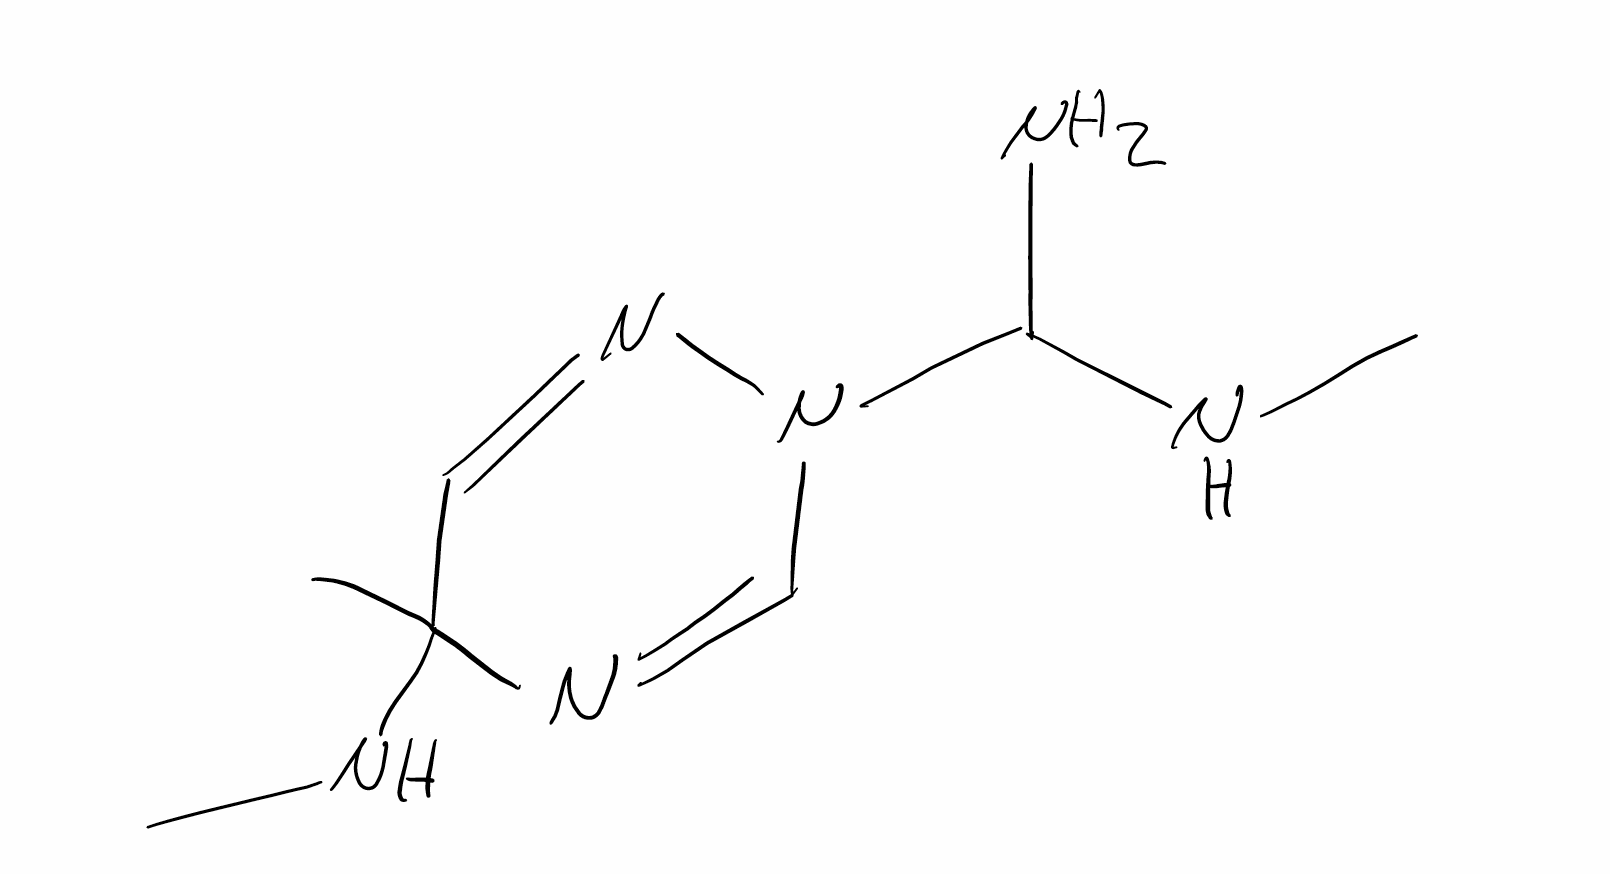
Simplified molecular-input line-entry system (SMILES) notation of the given molecule:
CC1(C=NN(C=N1)C(N)NC)NC